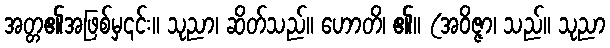
အတ္တ၏အဖြစ်မှ၎င်း။ သုညာ၊ ဆိတ်သည်။ ဟောတိ၊ ၏။ (အဝိဇ္ဇာ၊ သည်။ သုညာ